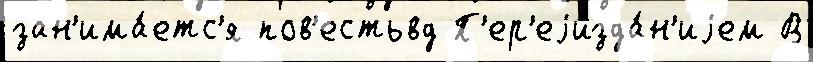
зан'има́етс'я пов'естьвд П'ер'еjизда́н'иjем В